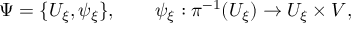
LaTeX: \Psi = \{ U _ { \xi } , \psi _ { \xi } \} , \qquad \psi _ { \xi } : \pi ^ { - 1 } ( U _ { \xi } ) \to U _ { \xi } \times V ,